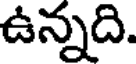
ఉన్నది.